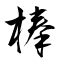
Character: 棒